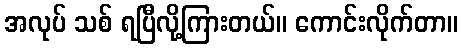
အလုပ် သစ် ရပြီလို့ကြားတယ်။ ကောင်းလိုက်တာ။